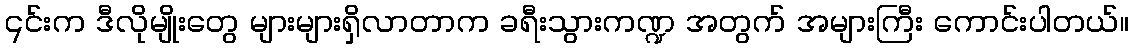
၎င်းက ဒီလိုမျိုးတွေ များများရှိလာတာက ခရီးသွားကဏ္ဍ အတွက် အများကြီး ကောင်းပါတယ်။